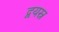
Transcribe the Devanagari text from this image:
द्वयस्र